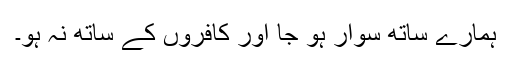
ہمارے ساتھ سوار ہو جا اور کافروں کے ساتھ نہ ہو۔